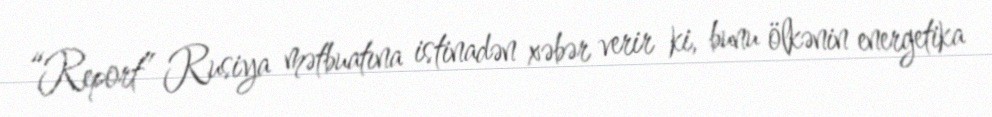
“Report” Rusiya mətbuatına istinadən xəbər verir ki, bunu ölkənin energetika